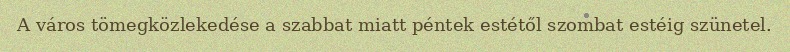
A város tömegközlekedése a szabbat miatt péntek estétől szombat estéig szünetel.